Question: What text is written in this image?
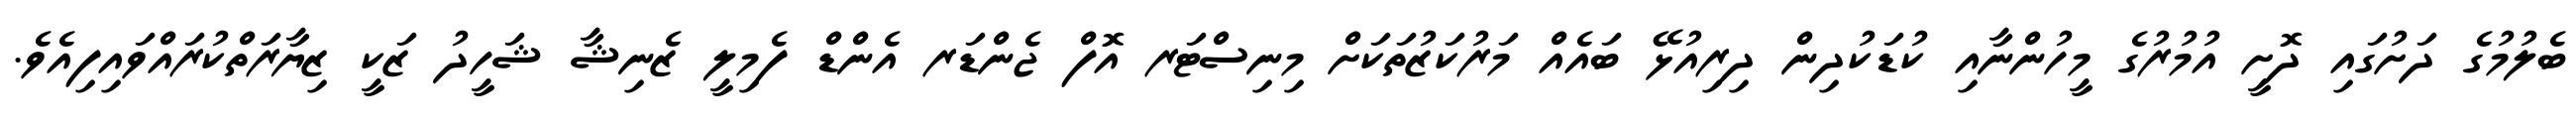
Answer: ބެލުމުގެ ދަށުގައި ދޮށީ އުމުރުގެ މީހުންނާއި ކުޑަކުދިން ދިރިއުޅޭ ބައެއް މަރުކަޒުތަކަށް މިނިސްޓަރ އޮފް ޖެންޑަރ އެންޑް ފެމިލީ ޒެނިޝާ ޝަހީދު ޒަކީ ޒިޔާރަތްކުރައްވައިފިއެވެ.